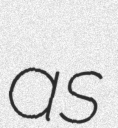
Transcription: as